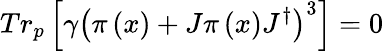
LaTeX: Tr_{p}\left[\gamma\left(\pi\left(x\right)+J\pi\left(x\right)J^{\dagger}\right)^{3}\right]=0